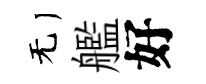
无艦好